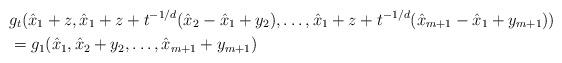
LaTeX: \begin{align*}& g_t(\hat{x}_1+z,\hat{x}_1+z+t^{-1/d}(\hat{x}_2-\hat{x}_1+y_2),\hdots,\hat{x}_1+z+t^{-1/d}(\hat{x}_{m+1}-\hat{x}_1+y_{m+1}))\\& =g_1(\hat{x}_1,\hat{x}_2+y_2,\hdots,\hat{x}_{m+1}+y_{m+1})\end{align*}